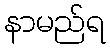
နာမည်ရ